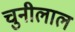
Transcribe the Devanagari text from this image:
चुनीलाल